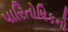
પારિતોષિકનો